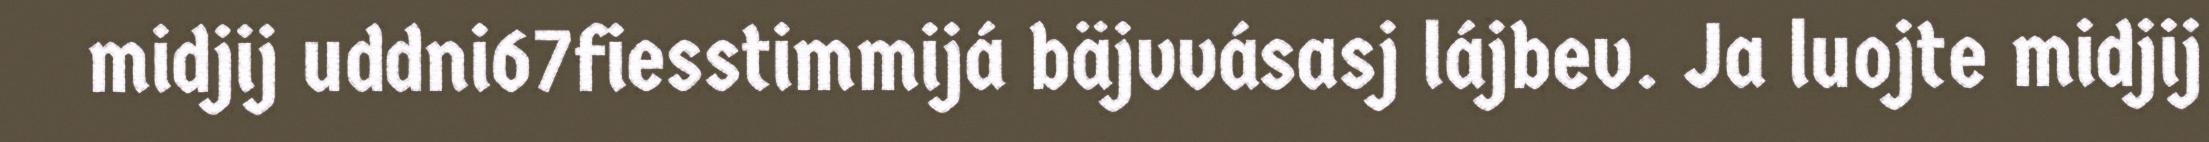
midjij uddni67fiesstimmijá bäjvvásasj lájbev. Ja luojte midjij